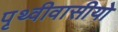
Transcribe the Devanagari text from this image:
पृथ्वीवासीयो